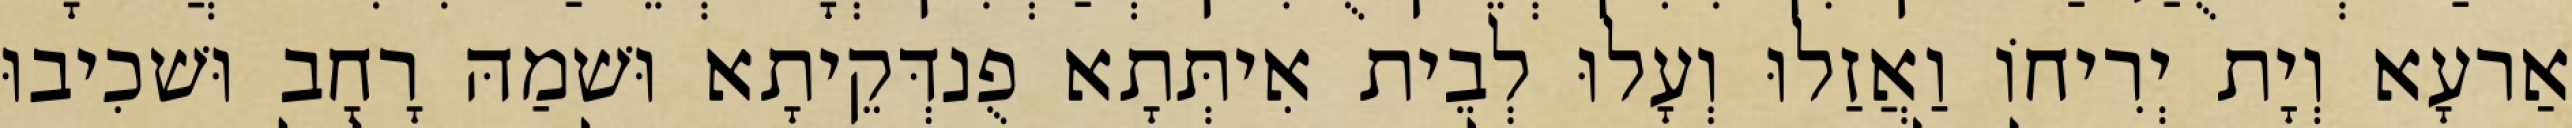
אַרעָא וְיָת יְרִיחוֹ וַאֲזַלוּ וְעָלוּ לְבֵית אִיתְּתָא פֻנדְּקֵיתָא וּשׁמַהּ רָחָב וּשׁכִיבוּ